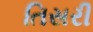
તિસરી